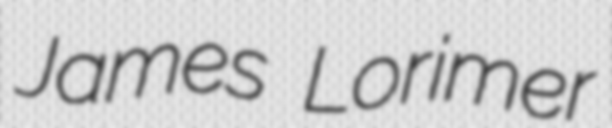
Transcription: James Lorimer